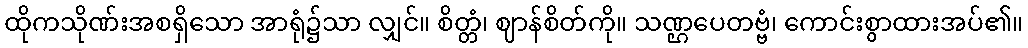
ထိုကသိုဏ်းအစရှိသော အာရုံ၌သာ လျှင်။ စိတ္တံ၊ ဈာန်စိတ်ကို။ သဏ္ဌပေတဗ္ဗံ၊ ကောင်းစွာထားအပ်၏။